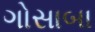
ગોસાબા